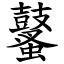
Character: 鼜